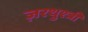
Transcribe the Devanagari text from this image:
ज़रथुश्त्री